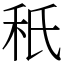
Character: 秖